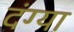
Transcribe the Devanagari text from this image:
दंग्या